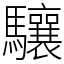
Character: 驤